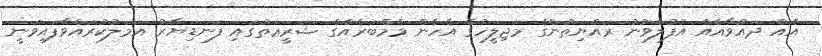
އެއް ދައުވާއެއް އުފުލެވުނު ރައްޔިތުންގެ މަޖިލީހުގެ އެހެން މެމްބަރެއްގެ ޝަރީޢަތުގައި ފަނޑިޔާރު އަމަލުކުރައްވާފައިވަނީ